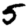
Digit: 5